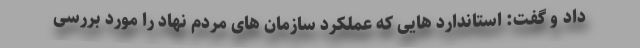
داد و گفت: استاندارد هایی که عملکرد سازمان های مردم نهاد را مورد بررسی